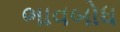
ભાવબોધ